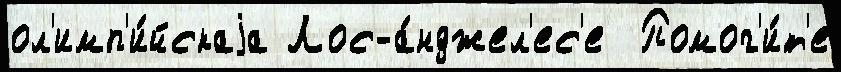
ол'имп'и́йскаjа Лос-а́нджел'ес'е  Помог'и́т'е